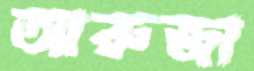
আরুজা